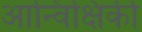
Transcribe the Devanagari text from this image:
आन्विक्षिकी